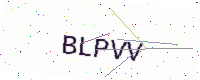
Text: BLPVV